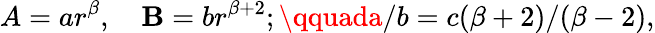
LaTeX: A=ar^{\beta},\quad\mathbf{B}=br^{\beta+2};\qquada/b=c(\beta+2)/(\beta-2),